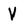
Character: V